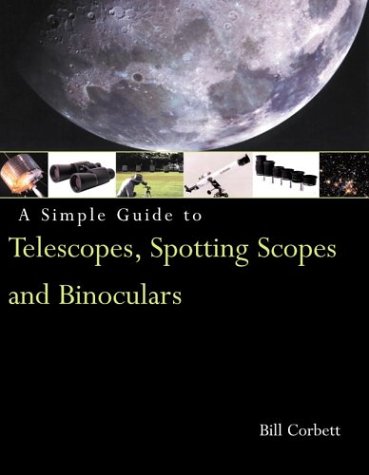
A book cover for A Simple Guide to Telescopes, Spotting Scopes and Binoculars; Bill Corbett; Science & Math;